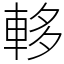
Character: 䡔